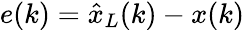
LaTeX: e(k)={\hat{x}}_{L}(k)-x(k)